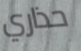
حذاري